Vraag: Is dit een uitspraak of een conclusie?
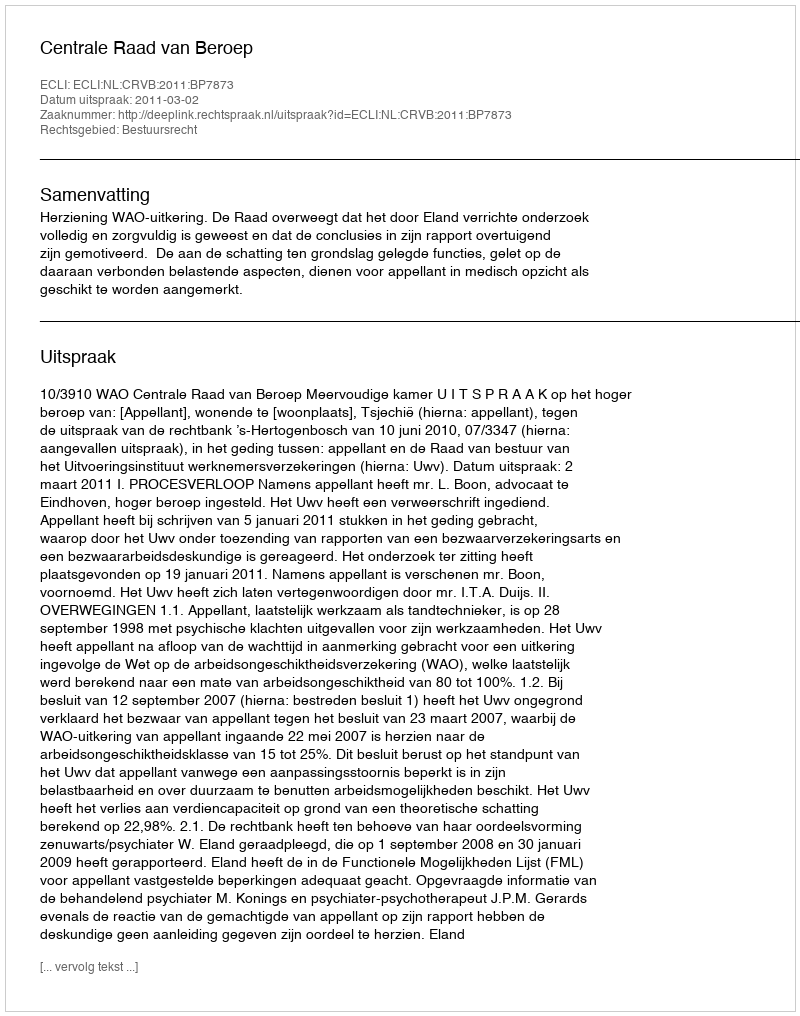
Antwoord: Uitspraak